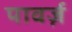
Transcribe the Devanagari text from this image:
पावर्ज़